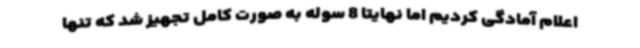
اعلام آمادگی کردیم اما نهایتا 8 سوله به صورت کامل تجهیز شد که تنها